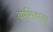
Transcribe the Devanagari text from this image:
वर्णभेदाचा